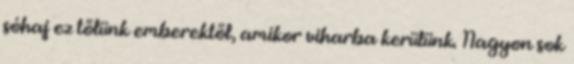
sóhaj ez tőlünk emberektől, amikor viharba kerülünk. Nagyon sok